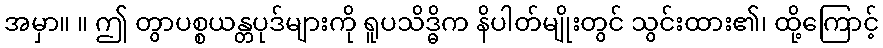
အမှာ။ ။ ဤ တွာပစ္စယန္တပုဒ်များကို ရူပသိဒ္ဓိက နိပါတ်မျိုးတွင် သွင်းထား၏၊ ထို့ကြောင့်